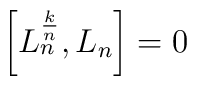
\left[ L_{n}^{k\over n} , L_{n} \right] = 0